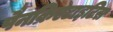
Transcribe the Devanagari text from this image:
पैनक्रिएटाइटिस